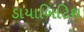
ડાયાબિટિશ